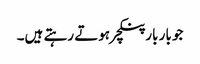
جو بار بار پنکچر ہوتے رہتے ہیں۔